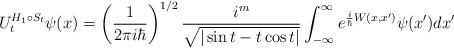
\begin{align*}U_{t}^{H_{1}\circ S_{t}}\psi(x)=\left( \frac{1}{2\pi i\hbar}\right)^{1/2}\frac{i^{m}}{\sqrt{|\sin t-t\cos t|}}\int_{-\infty}^{\infty}e^{\frac{i}{\hbar}W(x,x^{\prime})}\psi(x^{\prime})dx^{\prime}\end{align*}